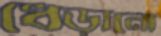
ধেড়ানো